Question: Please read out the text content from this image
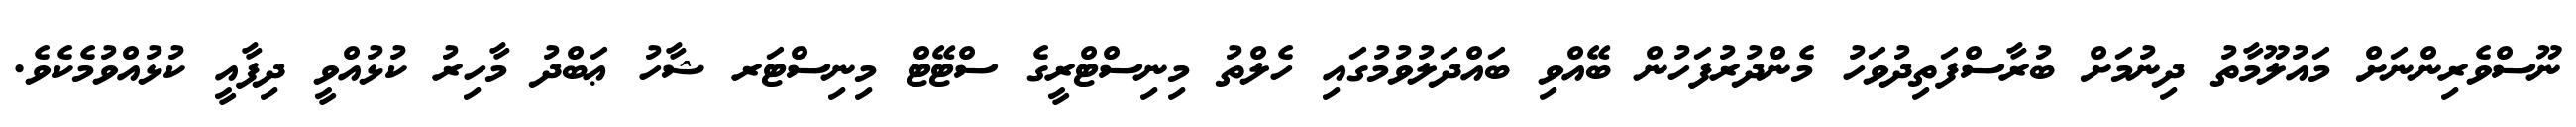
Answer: ނޫސްވެރިންނަށް މައުލޫމާތު ދިނުމަށް ބުރާސްފަތިދުވަހު މެންދުރުފަހުން ބޭއްވި ބައްދަލުވުމުގައި ހެލްތު މިނިސްޓްރީގެ ސްޓޭޓް މިނިސްޓަރ ޝާހު ޢަބްދު މާހިރު ކުޅުއްވީ ދިފާއީ ކުޅުއްވުމެކެވެ.